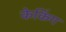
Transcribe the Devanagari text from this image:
केकिंग